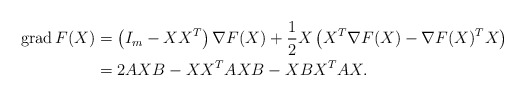
\begin{align*}{\rm grad}\,F(X) &= \left( I_m - XX^T \right)\nabla F(X) + \frac{1}{2}X\left( X^T\nabla F(X) - \nabla F(X)^TX \right) \\&= 2AXB - XX^TAXB - XBX^TAX.\end{align*}